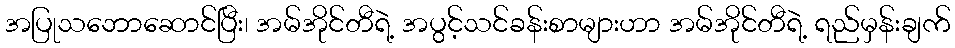
အပြုသဘောဆောင်ပြီး၊ အမ်အိုင်တီရဲ့ အပွင့်သင်ခန်းစာများဟာ အမ်အိုင်တီရဲ့ ရည်မှန်းချက်